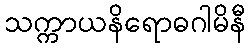
သက္ကာယနိရောဓဂါမိနီ